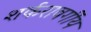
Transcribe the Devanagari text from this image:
शर्करावर्गीय